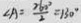
\angle A = \frac { 2 6 0 ^ { \circ } } { 2 } = 1 3 0 ^ { \circ }